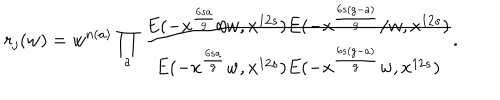
LaTeX: r _ { j } ( w ) = w ^ { n ( a ) } \prod _ { a } \frac { E ( - x ^ { \frac { 6 s a } { g } } / w , x ^ { 1 2 s } ) E ( - x ^ { \frac { 6 s ( g - a ) } { g } } / w , x ^ { 1 2 s } ) } { E ( - x ^ { \frac { 6 s a } { g } } w , x ^ { 1 2 s } ) E ( - x ^ { \frac { 6 s ( g - a ) } { g } } w , x ^ { 1 2 s } ) } .